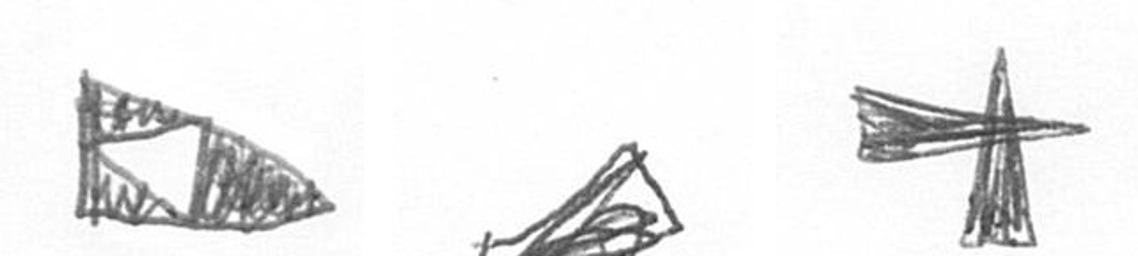
K O G